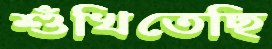
শুঁখিতেছি